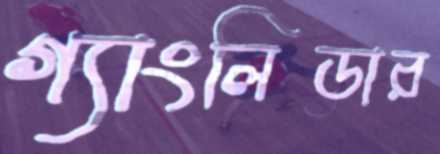
গ্যাংলিডার